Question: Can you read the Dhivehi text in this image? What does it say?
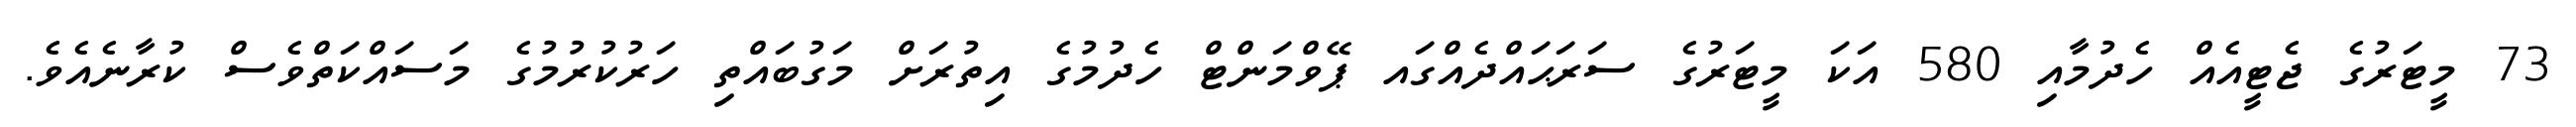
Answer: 73 މީޓަރުގެ ޖެޓީއެއް ހެދުމާއި 580 އަކަ މީޓަރުގެ ސަރަޙައްދެއްގައ ޕޭވްމަންޓް ހެދުމުގެ އިތުރަށް މަގުބައްތި ހަރުކުރުމުގެ މަސައްކަތްވެސް ކުރާނެއެވެ.